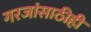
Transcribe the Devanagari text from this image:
गरजांसाठीही